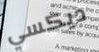
ديكسي